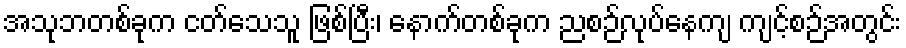
အသုဘတစ်ခုက ငတ်သေသူ ဖြစ်ပြီး၊ နောက်တစ်ခုက ညစဉ်လုပ်နေကျ ကျင့်စဉ်အတွင်း